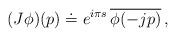
LaTeX: \begin{align*}(J\phi)(p)\doteq e^{i\pi s}\,\overline{\phi(-jp)}\,,\end{align*}